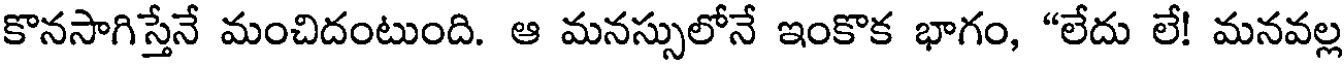
కొనసాగిస్తేనే మంచిదంటుంది. ఆ మనస్సులోనే ఇంకొక భాగం, "లేదు లే! మనవల్ల